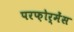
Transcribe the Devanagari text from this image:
परफ़ोर्मेंस